Reports on dispensaries and lunatic asylums in the Province of Oudh - 1869-1876
Year: 1869
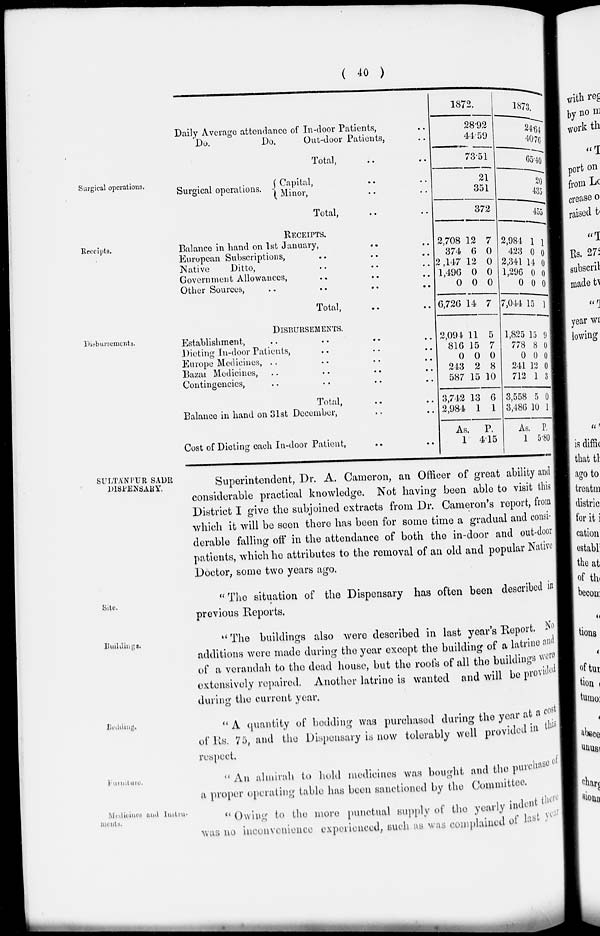
( 40 )
Daily Average attendance of In-door Patients, ..
Do.
Do.
Out-door Patients, ..
Total, .. ..
1872.
28.92
44.59
73.51
1873.
24.64
40.76
65.40
Surgical operations.
Surgical operations.
Capital, .. ..
Minor, .. ..
Total, .. ..
21
351
372
20
435
455
Receipts.
RECEIPTS.
Balance in hand on 1st January, .. ..
European Subscriptions, .. .. ..
Native
Ditto, .. .. ..
Government Allowances, .. .. ..
Other Sources, .. .. .. ..
Total,
.. ...
2,708
374
2 ,147
1,496
0
6,726
12
6
12
0
0
14
7
0
0
0
0
7
2,984
423
2,341
1,296
0
7,044
1
0
14
0
0
15
1
0
0
()
0
1
Disbursements.
DISBURSEMENTS.
Establishment, .. .. .. ..
Dieting In-door Patients, .. .. ..
Europe Medicines, .. .. .. ..
Bazar Medicines, .. .. .. ..
Contingencies, .. .. .. ..
Total, .. ..
Balance in hand on 31st December, .. ..
Cost of Dieting each In-door Patient,
2,094
816
0
243
587
3,742
2,984
As.
1
11
15
0
2
15
13
1
5
7
0
8
10
6
1
P.
4.15
1,825
778
0
241
712
3,558
3,486
15
8
0
12
1
5
10
As.
1
9
0
0
0
3
0
1
P.
5.80
SULTANPUR SADR
DISPENSARY.
Superintendent, Dr. A. Cameron, an Officer of great ability and
considerable practical knowledge. Not having been able to visit this
District I give the subjoined extracts from Dr. Cameron's report, from
which it will be seen there has been for some time a gradual and consi-
derable falling off in the attendance of both the in-door and out-door
patients, which he attributes to the removal of an old and popular Native
Doctor, some two years ago.
Site.
" The situation of the Dispensary has often been described in
previous Reports.
Buildings.
" The buildings also were described in last year's Report. No
additions were made during the year except the building of a latrine and
of a verandah to the dead house, but the roofs of all the buildings were
extensively repaired. Another latrine is wanted and will be provided
during the current year.
Bedding.
" A quantity of bedding was purchased during the year at a cost
of Rs. 75, and the Dispensary is now tolerably well provided in this
respect.
Furniture.
" An almirah to hold medicines was bought and the purchase of
a proper operating table has been sanctioned by the Committee.
Medicines and Instru-
ments.
" Owing to the more punctual supply of the yearly indent there
was no inconvenience experienced, such as was complained of last year